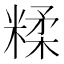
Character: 糅